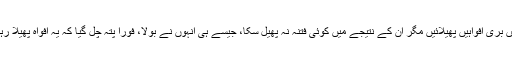
یہ جلا وطنی اُن لوگوں کے لیے ہے جنہوں نے کسی کے بارے میں بُری افواہیں پھیلائیں مگر ان کے نتیجے میں کوئی فتنہ نہ پھیل سکا، جیسے ہی انہوں نے بولا، فوراً پتہ چل گیا کہ یہ افواہ پھیلا رہا ہے تو ایسے شخص کی کم سے کم سزا جلاوطنی تجویز کی گئی۔